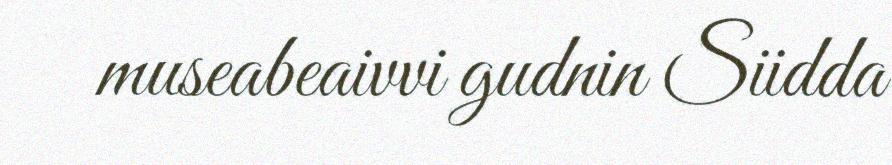
museabeaivvi gudnin Siidda